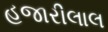
હજારીલાલ